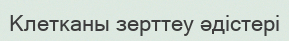
Клетканы зерттеу әдістері